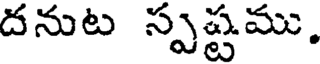
దనుట స్పష్టము.